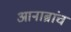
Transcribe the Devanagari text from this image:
आनाब्रांच